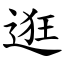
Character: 逛